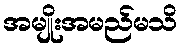
အမျိုးအမည်မသိ